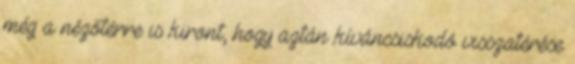
még a nézőtérre is kiront, hogy aztán kíváncsiskodó visszatérése